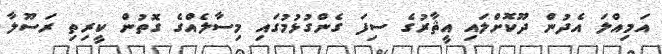
އަމިއްލަ އެދުން ދޫކޮށްލައި އީޘާރުގެ ސިފަ ގެންގުޅުމުގައި މިސާލެއްގެ ގޮތުން ކީރިތި ރަސޫލާ